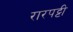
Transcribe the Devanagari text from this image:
रारपट्टी